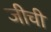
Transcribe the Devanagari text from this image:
जीची